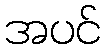
အပင်